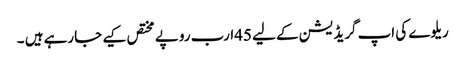
ریلوے کی اپ گریڈ یشن کے لیے 45ارب روپے مختص کیے جارہے ہیں ۔